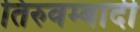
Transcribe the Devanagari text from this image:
तिरुवम्बादी